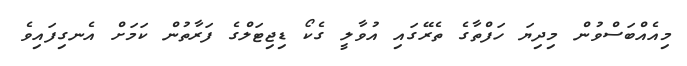
މިއެއްބަސްވުން މިދިޔަ ހަފްތާގެ ތެރޭގައި އުވާލީ ގެކޯ ޑިޖިޓަލްގެ ފަރާތުން ކަމަށް އެނގިފައިވެ